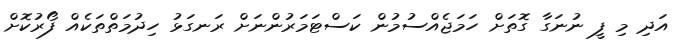
އަދި މި ފީ ނުނަގާ ގޮތަށް ހަމަޖެއްސުމުން ކަސްޓަމަރުންނަށް ރަނގަޅު ހިދުމަތްތަކެއް ފޯރުކޮށް